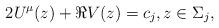
LaTeX: \begin{align*} 2 U^{\mu}(z) + \Re V(z) = c_j, z \in \Sigma_j, \end{align*}